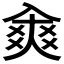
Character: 𠓷